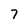
Character: 7